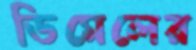
ডিমেলের